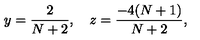
y = \frac { 2 } { N + 2 } , \quad z = \frac { - 4 ( N + 1 ) } { N + 2 } ,